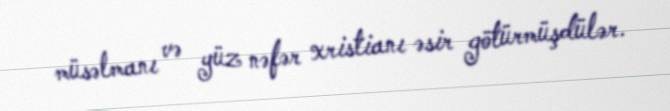
müsəlmanı və yüz nəfər xristianı əsir götürmüşdülər.